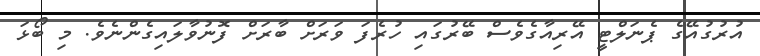
އުރުގުއޭގެ ޕެނަލްޓީ އޭރިއާގެވެސް ބޭރުގައި ހުރެފަ ވަރަށް ބާރަށް ފޮނުވާލައިގެންނެވެ. މި ބޯޅަ